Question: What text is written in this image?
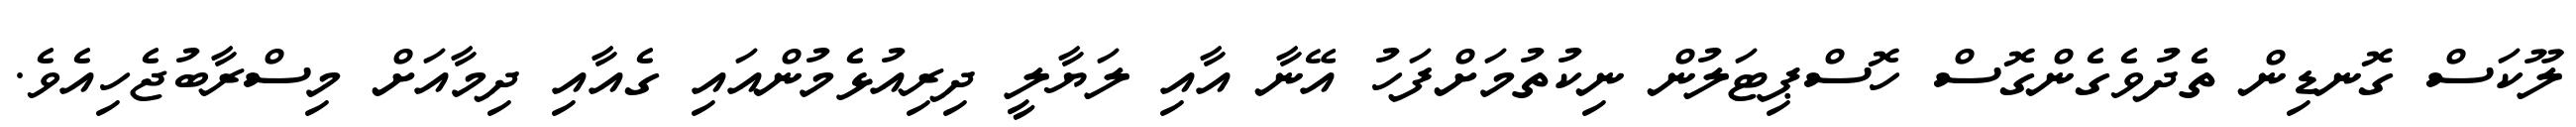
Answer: ލޫކަސް ގޮނޑިން ތެދުވެގެންގޮސް ހޮސްޕިޓަލުން ނިކުތުމަށްފަހު އޭނާ އާއި ލަޔާލީ ދިރިއުޅެމުންއައި ގެއާއި ދިމާއަށް މިސްރާބުޖެހިއެވެ.